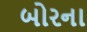
બોરના